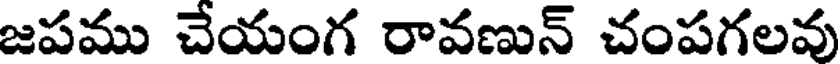
జపము చేయంగ రావణున్ చంపగలవు